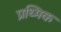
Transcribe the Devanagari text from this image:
प्रथ्मिक